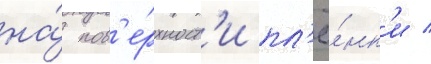
на́ пов'е́рхност'и пл'ё́нк'и /